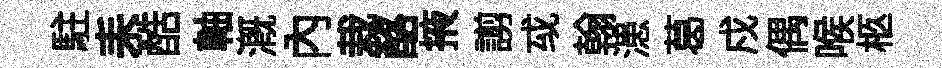
駐耒酷軸溉内栽酪掖謭㦯翰漶葛戍偶喉柩